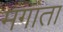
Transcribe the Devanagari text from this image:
मंगाता